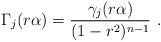
\begin{align*} \Gamma_j(r\alpha)=\frac{\gamma_j(r\alpha)}{(1-r^2)^{n-1}}\ .\end{align*}